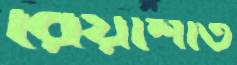
রিয়াশাত